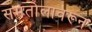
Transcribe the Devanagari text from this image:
समतोलावरून